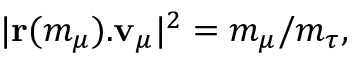
| { \bf r } ( m _ { \mu } ) . { \bf v } _ { \mu } | ^ { 2 } = m _ { \mu } / m _ { \tau } ,